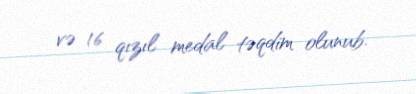
və 16 qızıl medal təqdim olunub.